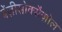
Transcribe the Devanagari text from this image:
बेंज़ीसोक्सैज़ोल